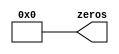
module Zeros (output reg [31:0] zeros);

	always @* begin
		zeros = 32'h00000000;
	end
endmodule